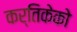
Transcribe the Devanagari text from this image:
कर्तिकेको